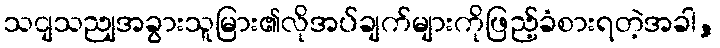
သငျသညျအခွားသူမြား၏လိုအပ်ချက်များကိုဖြည့်ခံစားရတဲ့အခါ,